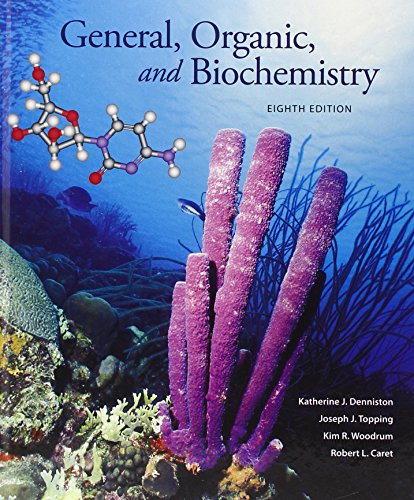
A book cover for General, Organic and Biochemistry; Katherine Denniston; Engineering & Transportation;